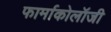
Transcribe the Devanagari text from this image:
फार्माकोलॉजी